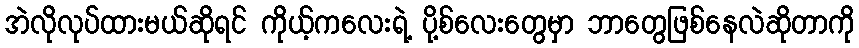
အဲလိုလုပ်ထားမယ်ဆိုရင် ကိုယ့်ကလေးရဲ့ ပို့စ်လေးတွေမှာ ဘာတွေဖြစ်နေလဲဆိုတာကို